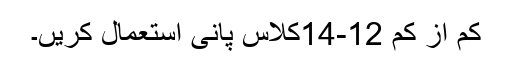
کم از کم 12-14کلاس پانی استعمال کریں۔